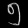
Digit: ၅